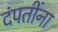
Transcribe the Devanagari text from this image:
दंपतींना